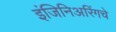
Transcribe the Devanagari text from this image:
इंजिनिअरिंगचे